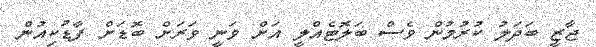
ޖާޒީ ބަދަލު ކުރުމުން ވެސް ބަލޮޓެއްލީ އަށް ވަނީ ވަރަށް ބޮޑަށް ފާޑުކިއުން